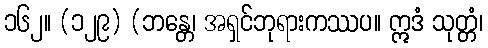
၁၆၂။ (၁၂၉) (ဘန္တေ၊ အရှင်ဘုရားကဿပ။ ဣဒံ သုတ္တံ၊